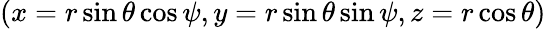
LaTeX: (x=r\sin\theta\cos\psi,y=r\sin\theta\sin\psi,z=r\cos\theta)